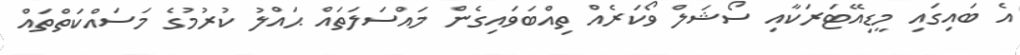
އެ ބައިގައި މީޑިއޭޓަރަކާއި ސޯޝަލް ވޯކަރެއް ތިއްބަވައިގެން މައްސަލަތައް ޙައްލު ކުރުމުގެ މަސައްކަތްތައް